Annual statistical returns and brief notes on vaccination in Bengal - 1896-1909
Year: 1896
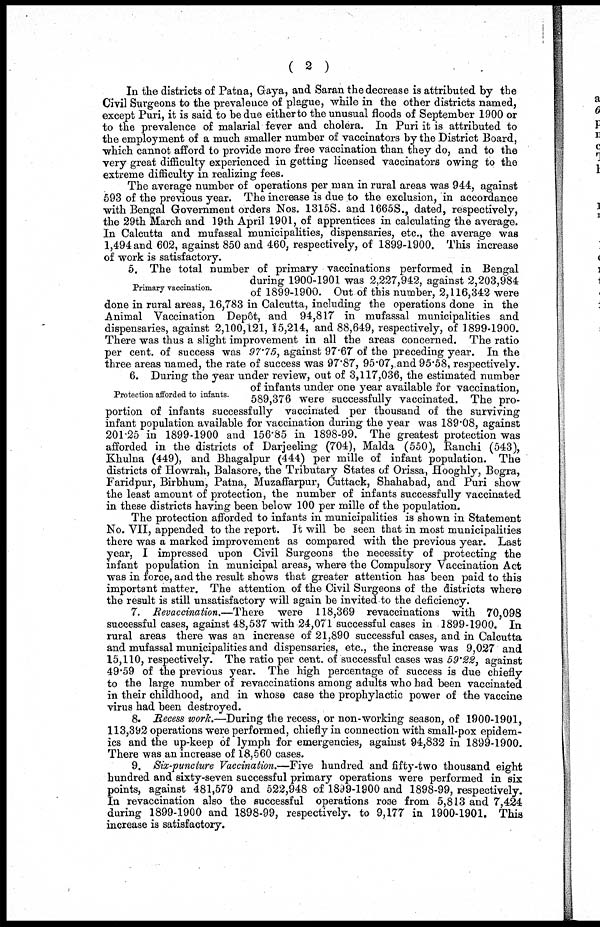
( 2 )
In the districts of Patna, Gaya, and Saran the decrease is attributed by the
Civil Surgeons to the prevalence of plague, while in the other districts named,
except Puri, it is said to be due either to the unusual floods of September 1900 or
to the prevalence of malarial fever and cholera. In Puri it is attributed to
the employment of a much smaller number of vaccinators by the District Board,
which cannot afford to provide more free vaccination than they do, and to the
very great difficulty experienced in getting licensed vaccinators owing to the
extreme difficulty in realizing fees.
The average number of operations per man in rural areas was 944, against
593 of the previous year. The increase is due to the exclusion, in accordance
with Bengal Government orders Nos. 1315S. and 1665S., dated, respectively,
the 29th March and 19th April 1901, of apprentices in calculating the average.
In Calcutta and mufassal municipalities, dispensaries, etc., the average was
1,494 and 602, against 850 and 460, respectively, of 1899-1900. This increase
of work is satisfactory.
Primary vaccination.
5. The total number of primary vaccinations performed in Bengal
during 1900-1901 was 2,227,942, against 2,203,984
of 1899-1900. Out of this number, 2,116,342 were
done in rural areas, 16,783 in Calcutta, including the operations done in the
Animal Vaccination Depôt, and 94,817 in mufassal municipalities and
dispensaries, against 2,100,121, 15,214, and 88,649, respectively, of 1899-1900.
There was thus a slight improvement in all the areas concerned. The ratio
per cent. of success was 97.75, against 97.67 of the preceding year. In the
three areas named, the rate of success was 97.87, 95.07, and 95.58, respectively.
Protection afforded to infants.
6. During the year under review, out of 3,117,036, the estimated number
of infants under one year available for vaccination,
589,376 were successfully vaccinated. The pro-
portion of infants successfully vaccinated per thousand of the surviving
infant population available for vaccination during the year was 189.08, against
201.25 in 1899-1900 and 156.85 in 1898-99. The greatest protection was
afforded in the districts of Darjeeling (704), Malda (550), Ranchi (543),
Khulna (449), and Bhagalpur (444) per mille of infant population. The
districts of Howrah, Balasore, the Tributary States of Orissa, Hooghly, Bogra,
Faridpur, Birbhum, Patna, Muzaffarpur, Cuttack, Shahabad, and Puri show
the least amount of protection, the number of infants successfully vaccinated
in these districts having been below 100 per mille of the population.
The protection afforded to infants in municipalities is shown in Statement
No. VII, appended to the report. It will be seen that in most municipalities
there was a marked improvement as compared with the previous year. Last
year, I impressed upon Civil Surgeons the necessity of protecting the
infant population in municipal areas, where the Compulsory Vaccination Act
was in force, and the result shows that greater attention has been paid to this
important matter. The attention of the Civil Surgeons of the districts where
the result is still unsatisfactory will again be invited to the deficiency.
7. Revaccination.—There were 118,369 revaccinations with 70,098
successful cases, against 48,537 with 24,071 successful cases in 1899-1900. In
rural areas there was an increase of 21,890 successful cases, and in Calcutta
and mufassal municipalities and dispensaries, etc., the increase was 9,027 and
15,110, respectively. The ratio per cent. of successful cases was 59.22, against
49.59 of the previous year. The high percentage of success is due chiefly
to the large number of revaccinations among adults who had been vaccinated
in their childhood, and in whose case the prophylactic power of the vaccine
virus had been destroyed.
8. Recess work.—During the recess, or non-working season, of 1900-1901,
113,392 operations were performed, chiefly in connection with small-pox epidem-
ics and the up-keep of lymph for emergencies, against 94,832 in 1899-1900.
There was an increase of 18,560 cases.
9. Six-puncture Vaccination.—Five hundred and fifty-two thousand eight
hundred and sixty-seven successful primary operations were performed in six
points, against 481,579 and 522,948 of 1899-1900 and 1898-99, respectively.
In revaccination also the successful operations rose from 5,813 and 7,424
during 1899-1900 and 1898-99, respectively. to 9,177 in 1900-1901. This
increase is satisfactory.